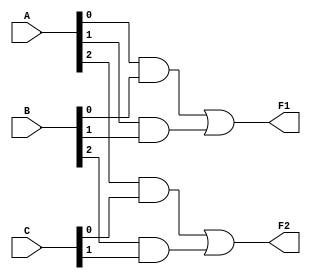
module masked_pal (
    input wire [2:0] A,  // Example inputs (3 bits)
    input wire [2:0] B,  // Example inputs (3 bits)
    input wire [2:0] C,  // Example inputs (3 bits)
    output wire F1,      // Output 1
    output wire F2       // Output 2
);

// Fixed AND array (product terms)
wire P1, P2, P3, P4;

// AND gate implementations (fixed connections)
assign P1 = A[0] & B[0];          // Example product term 1
assign P2 = A[1] & B[1];          // Example product term 2
assign P3 = A[2] & C[0];          // Example product term 3
assign P4 = B[2] & C[1];          // Example product term 4

// Programmable OR array (selecting product terms for outputs)
assign F1 = P1 | P2;              // Output 1 is the OR of P1 and P2
assign F2 = P3 | P4;              // Output 2 is the OR of P3 and P4

endmodule